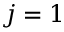
j = 1